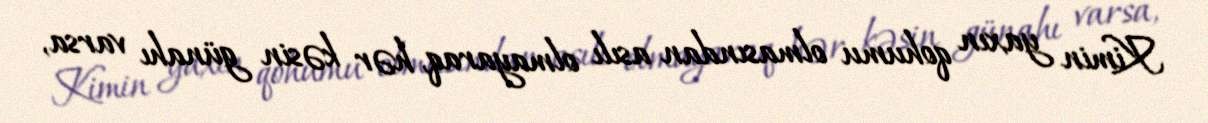
Kimin yaxın qohumu olmasından asılı olmayaraq, hər kəsin günahı varsa,